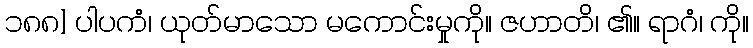
၁၈၈] ပါပကံ၊ ယုတ်မာသော မကောင်းမှုကို။ ဇဟာတိ၊ ၏။ ရာဂံ၊ ကို။